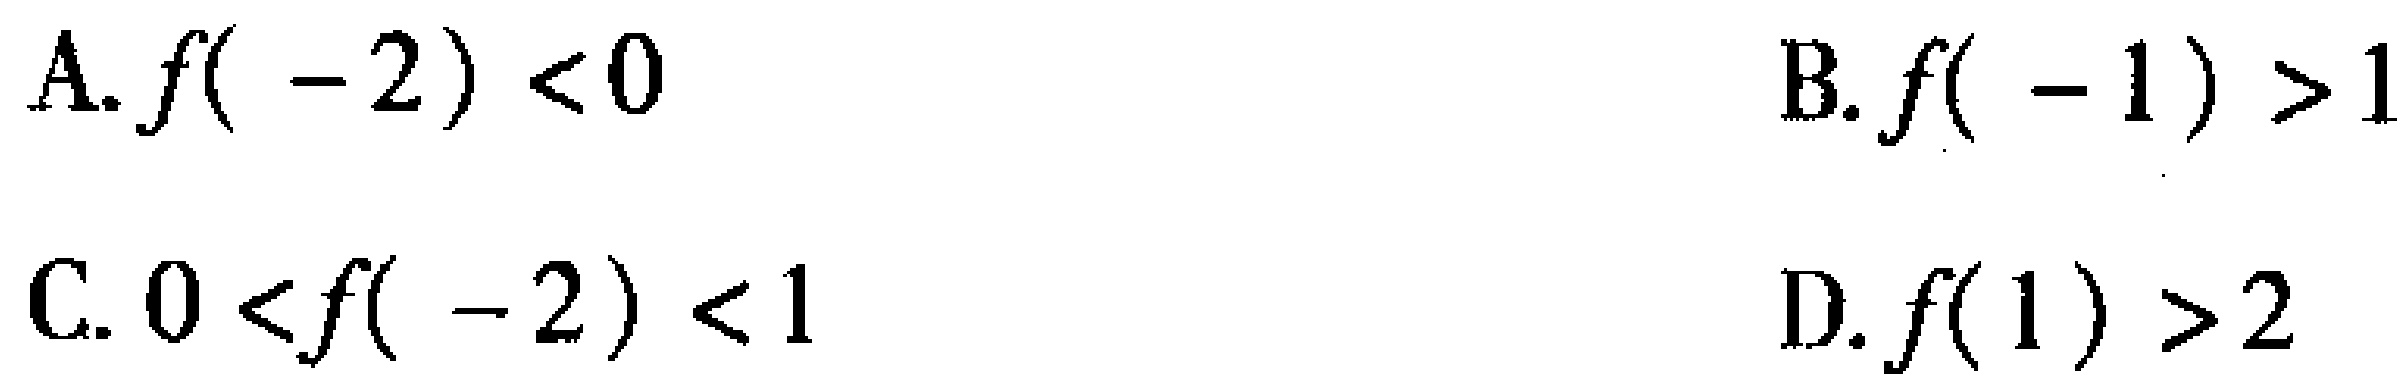
A. \(f( - 2) <0\)

B. \(f( - 1) >1\)

C. \(0 < f( - 2) <1\)

D. \(f(1) >2\)